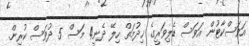
އަވަސްކާޓުން އަވަސް ޑެލިވަރީގެ ޚިދުމަތް ހިލޭ ދެނީ4 މަސް 5 ދުވަސް ކުރިން.